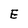
Character: E